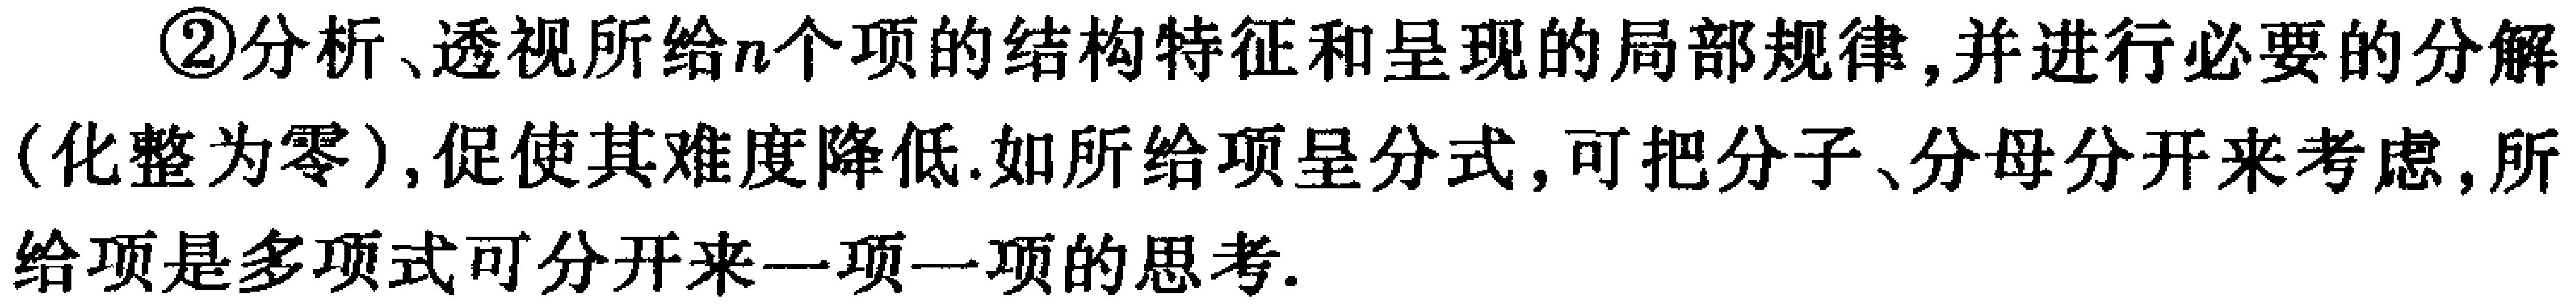
\textcircled{2}分析、透视所给\(n\)个项的结构特征和呈现的局部规律,并进行必要的分解(化整为零),促使其难度降低.如所给项呈分式,可把分子、分母分开来考虑,所给项是多项式可分开来一项一项的思考.